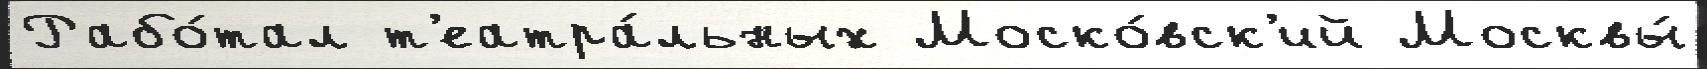
Рабо́тал т'еатра́льных Моско́вск'ий Москвы́